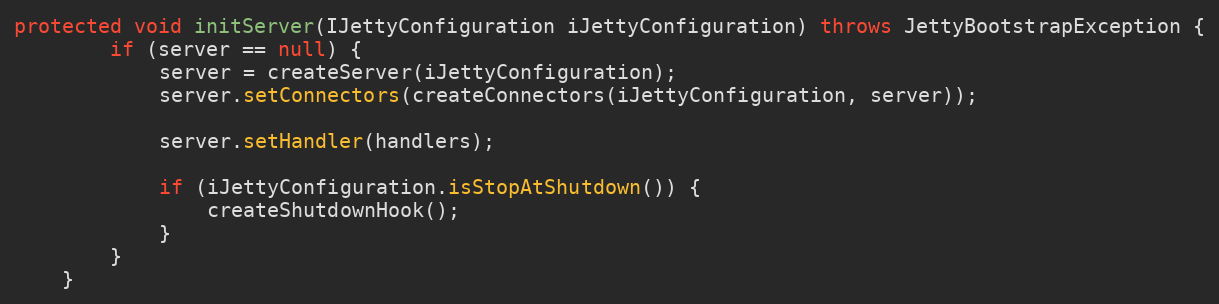
Language: Java
protected void initServer(IJettyConfiguration iJettyConfiguration) throws JettyBootstrapException {
        if (server == null) {
            server = createServer(iJettyConfiguration);
            server.setConnectors(createConnectors(iJettyConfiguration, server));

            server.setHandler(handlers);

            if (iJettyConfiguration.isStopAtShutdown()) {
                createShutdownHook();
            }
        }
    }